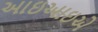
આઇઆઇએ